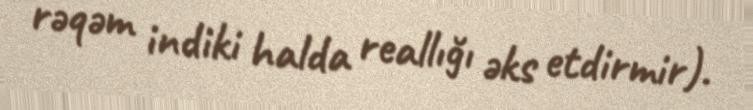
rəqəm indiki halda reallığı əks etdirmir).